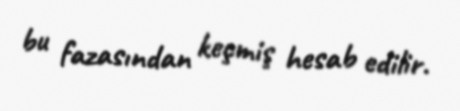
bu fazasından keçmiş hesab edilir.